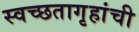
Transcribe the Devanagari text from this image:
स्वच्छतागृहांची